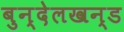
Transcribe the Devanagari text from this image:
बुन्देलखन्ड